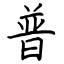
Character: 普